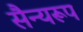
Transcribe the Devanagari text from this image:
सैन्यरूप